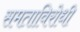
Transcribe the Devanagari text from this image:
समताविरोधी